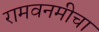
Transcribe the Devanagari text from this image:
रामवनमीचा